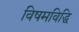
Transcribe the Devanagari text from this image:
विषमविद्धि